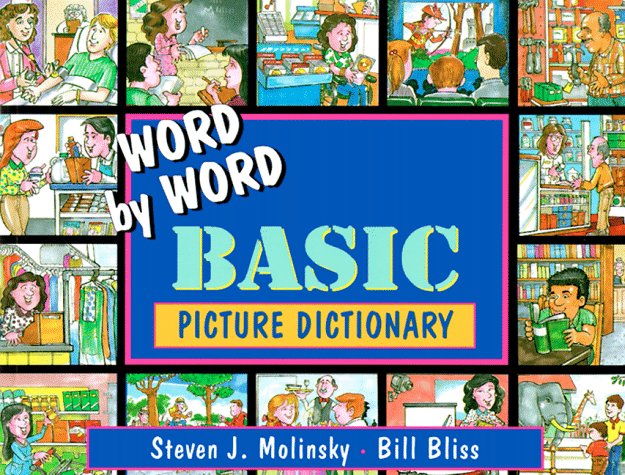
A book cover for Word by Word Basic Picture Dictionary; Steven J. Molinsky; Reference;